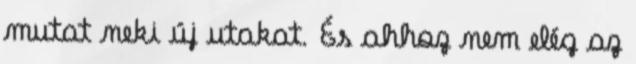
mutat neki új utakat. És ahhoz nem elég az